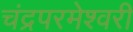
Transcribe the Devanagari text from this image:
चंद्रपरमेश्वरी